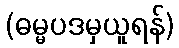
(ဓမ္မပဒမှယူရန်)